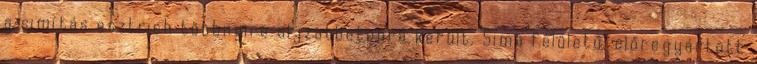
a simítás esztrich többnyire aljzatbetonra került. Sima felületű, előregyártott